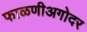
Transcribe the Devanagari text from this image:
फाळणीअगोदर